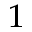
^ 1